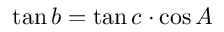
\tan b = \tan c \cdot \cos A